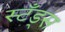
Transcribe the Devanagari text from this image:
स्टँड्स